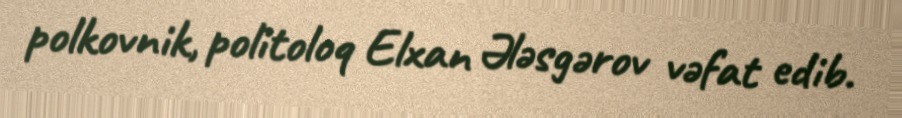
polkovnik, politoloq Elxan Ələsgərov vəfat edib.